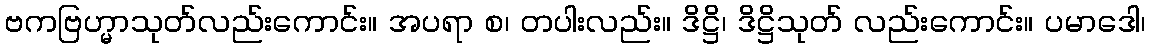
ဗကဗြဟ္မာသုတ်လည်းကောင်း။ အပရာ စ၊ တပါးလည်း။ ဒိဋ္ဌိ၊ ဒိဋ္ဌိသုတ် လည်းကောင်း။ ပမာဒေါ၊